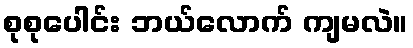
စုစုပေါင်း ဘယ်လောက် ကျမလဲ။